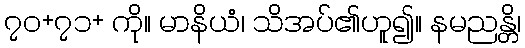
၇၀+၇၁+ ကို။ မာနိယံ၊ သိအပ်၏ဟူ၍။ နမညန္တိ၊